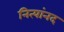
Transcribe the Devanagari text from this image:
नित्यांनद